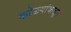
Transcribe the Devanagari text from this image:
कोळ्यांकडून